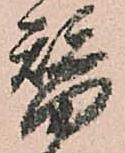
替